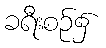
ခရီးစဉ်၌